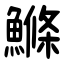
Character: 鰷